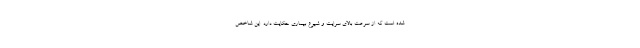
شده است که از سرعت بالای سرایت و شیوع بیماری حکایت دارد. این شاخص